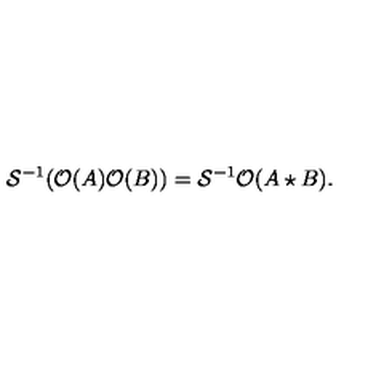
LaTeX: { \cal S } ^ { - 1 } ( { \cal O } ( A ) { \cal O } ( B ) ) = { \cal S } ^ { - 1 } { \cal O } ( A \star B ) .